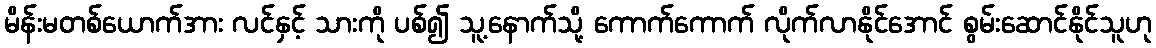
မိန်းမတစ်ယောက်အား လင်နှင့် သားကို ပစ်၍ သူ့နောက်သို့ ကောက်ကောက် လိုက်လာနိုင်အောင် စွမ်းဆောင်နိုင်သူဟု